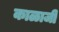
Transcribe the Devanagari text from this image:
काळाजी